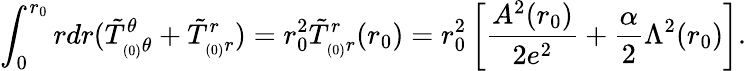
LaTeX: \int_{0}^{r_{0}}rdr(\tilde{T}_{_{(0)}\theta}^{\theta}+\tilde{T}_{_{(0)}r}^{r})=r_{0}^{2}\tilde{T}_{_{(0)}r}^{r}(r_{0})=r_{0}^{2}\left[\frac{A^{2}(r_{0})}{2e^{2}}+\frac{\alpha}{2}\Lambda^{2}(r_{0})\right].